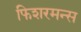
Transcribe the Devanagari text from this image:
फिशरमन्स